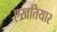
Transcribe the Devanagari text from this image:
एख़तियार